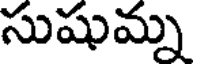
సుషుమ్న